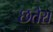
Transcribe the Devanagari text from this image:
छतेरा